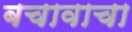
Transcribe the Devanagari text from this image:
बचावाचा